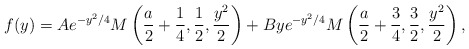
\begin{align*} f(y)=A e^{-y^2/4} M\left( \frac{a}{2}+\frac{1}{4},\frac{1}{2},\frac{y^2}{2} \right ) +Bye^{-y^2/4} M\left( \frac{a}{2}+\frac{3}{4},\frac{3}{2},\frac{y^2}{2} \right ),\end{align*}